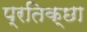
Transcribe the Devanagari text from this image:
प्रतिक्छा